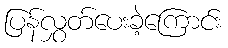
ပြန်လွှတ်ပေးခဲ့ကြောင်း